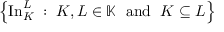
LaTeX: \left\{ \operatorname { I n } _ { K } ^ { L } \; : \; K , L \in \mathbb { K } \; { \mathrm { ~ a n d ~ } } \; K \subseteq L \right\}